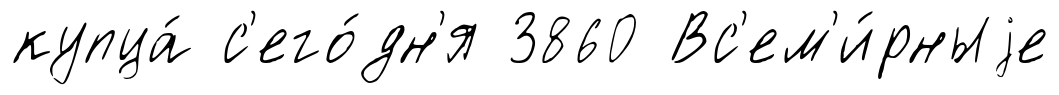
купца́ с'его́дн'я 3860 Вс'ем'и́рныjе